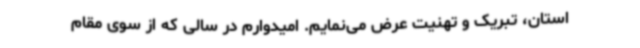
استان، تبریک و تهنیت عرض می‌نمایم. امیدوارم در سالی که از سوی مقام